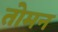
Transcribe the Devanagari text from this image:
तोमन